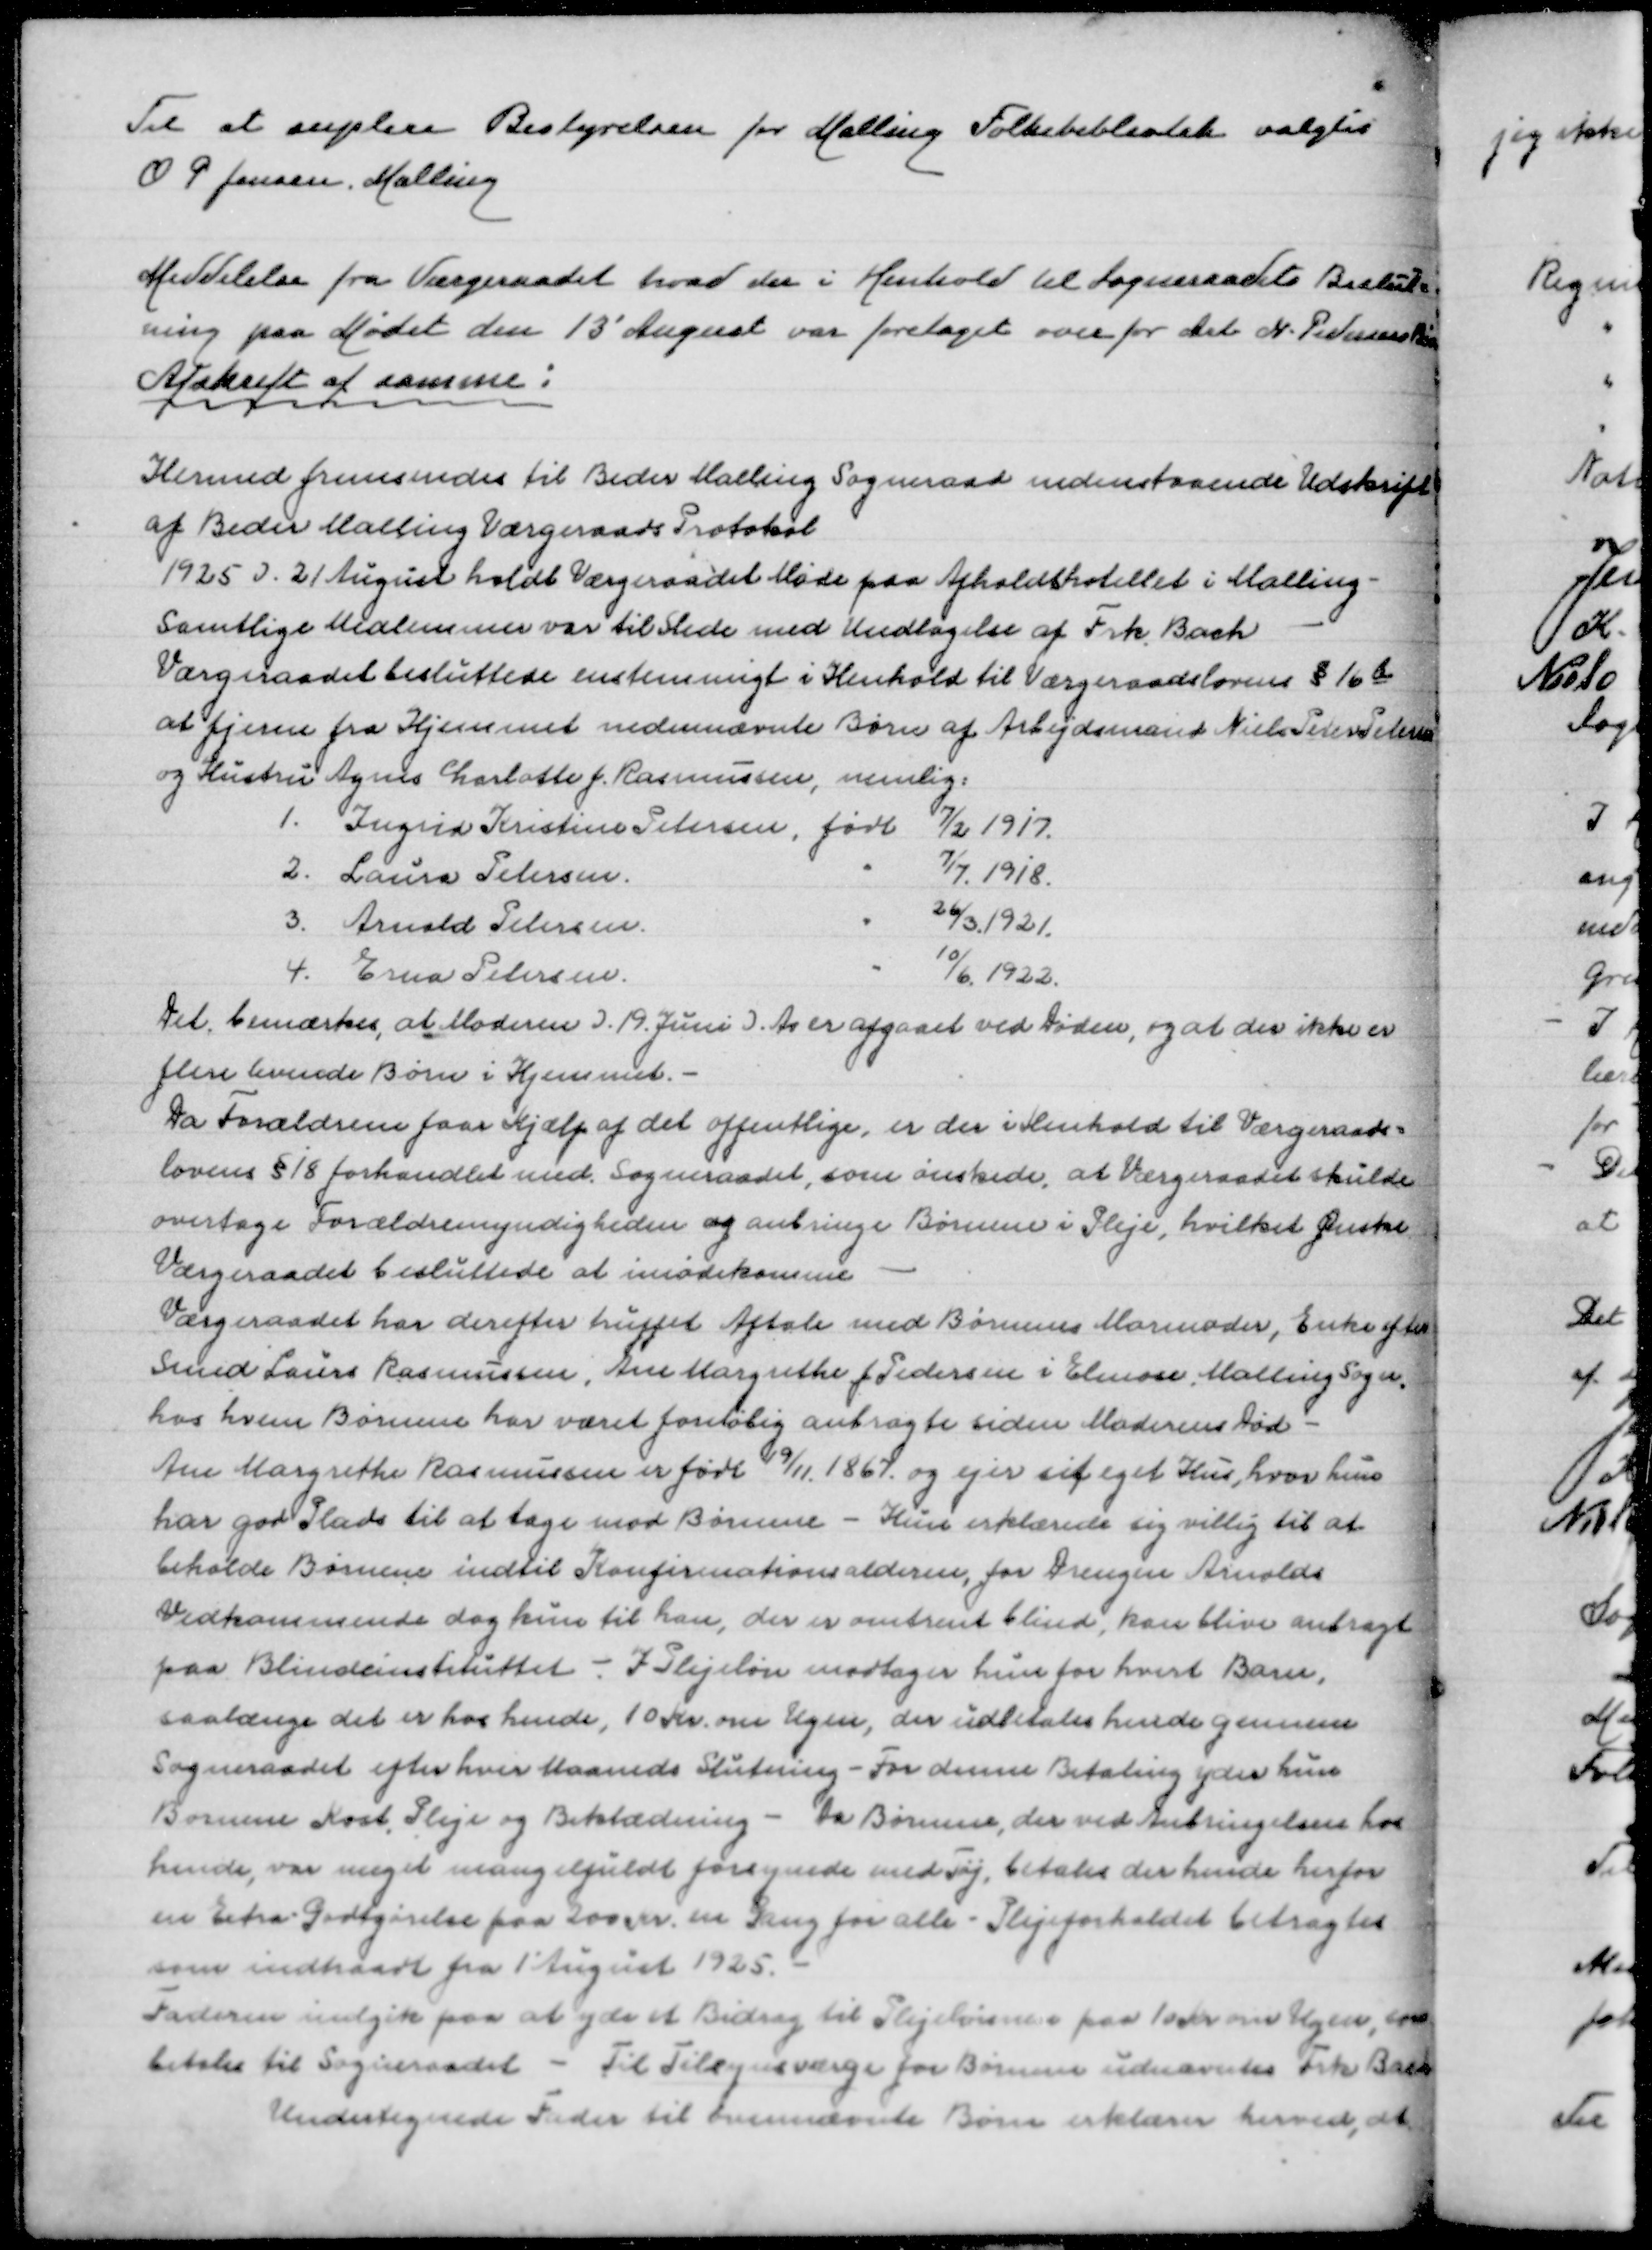
Transskription:
Til at suplere Bestyrelsen for Malling Folkebibliotek valgtes
O P Jensen Malling

Meddelelse fra Værgeraadet hvad der i Henhold til Sogneraadets Beslut=
ning paa Mødet den 13' August var foretaget overfor Arb N Pedersens Børn
Afskrift af saamme:

Hermed fremsendes til Beder Malling Sogneraad nedenstående Udskrift
af Beder Malling Værgeraads Protokol
1925 d 21 August holdt Værgeraadet Møde paa Afholdshotellet i Malling -
samtlige Medlemmer var til Stede med Undtagelse af Frk Bach
Værgeraadet tilsluttede sig enstemmigt i Henhold til Værgeraadslovens § 16b
at fjerne fra Hjemmet nedennævnte Børn af Arbejdsmand Niels Peter Petersen
og Hustru Agnes Charlotte Rasmussen, nemlig
1. Ingrid Kristine Petersen, født 7/2 1917
2. Laura Petersen " 7/7 1918
3. Arnold Petersen " 26/3 1921
4. Erna Petersen " 10/6 1922
Det bemærkes, at Moderen d 19 Juni d A er afgaaet ved Døden, og at der ikke er
flere levende Børn i Hjemmet
Da Forældrene faar Hjælp af det offentlige, er der i Henhold til Værgeraads=
lovens §18 forhandlet med Sogneraadet, som ønskede, at Værgeraadet skulde
overtage Forældremuyndigheden og anbringe Børnene i Pleje, hvilket Ønske
Værgeraadet besluttede at imødekomme
Værgeraadet har derefter truffet Aftale med Børnenes Mormoder, Enke efter
Smed Laurs Rasmussen, Ane Margrethe f Pedersen i Elmose, Malling Sogn
hos hvem Børnene har været anbragt foreløbig sidn Moderens Død -
Ane Margrethe Rasmussen er født 9/11 1867 og ejer sit eget Hus, hvor hun
har gjort Plads til at tage mod Børnene - Hun erklærede sig villig til at
beholde Børnene indtil Konfirmationsalderen, for Drengen Arnolds
Vedkommende dog kun til han, der er omtrent blind, kan blive anbragt
paa Blindeinstituttet - I Plejeløn modtager hun for hvert Barn,
saa længe det er hos hende, 10 Kr om Ugen, der udbetales hende gennem
Sogneraadet efter hver Maaneds Slutning - For denne Betaling yder hun
Børnene Kost, Pleje og Beklædning - da Børnene ved Anbringelsen hos
hende, var meget mangelfuldt forsynede med Tøj, betales der hende herfor
en Extra Godtgørelse paa 200 Kr en Gang for alle - Plejeforholdet betragtes
som indtraadt fra 1' August 1925
Faderen indgik paa at yde et Bidrag til Plejebørnene paa 10 Kr om Ugen, som
betales til Sogneraadet - Til Tilsynsværge for Børnene udnævntes Frk Bach
Undertegnede Fader til herundernævnte Børn erklærer hermed, at